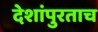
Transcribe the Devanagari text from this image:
देशांपुरताच